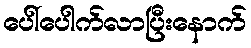
ပေါ်ပေါက်လာပြီးနောက်